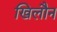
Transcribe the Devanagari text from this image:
खिलौन